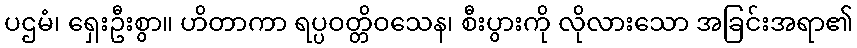
ပဌမံ၊ ရှေးဦးစွာ။ ဟိတာကာ ရပ္ပဝတ္တိဝသေန၊ စီးပွားကို လိုလားသော အခြင်းအရာ၏